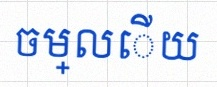
ចម្លើយ